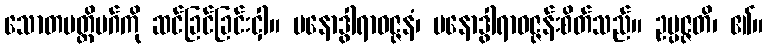
သောတပတ္တိမဂ်ကို ဆင်ခြင်ခြင်းငှါ။ မနောဒွါရာဝဇ္ဇနံ၊ မနောဒွါရာဝဇ္ဇန်းစိတ်သည်။ ဥပ္ပဇ္ဇတိ၊ ၏။